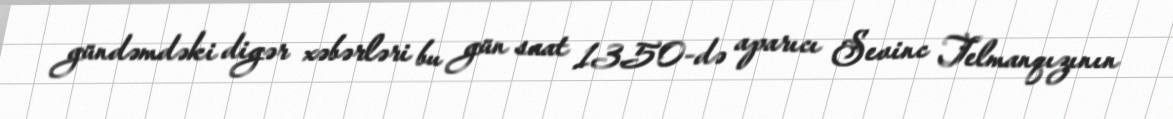
gündəmdəki digər xəbərləri bu gün saat 13.50-də aparıcı Sevinc Telmanqızının